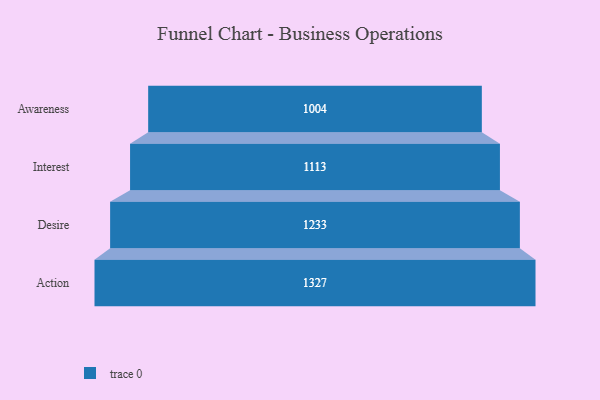
{"axis": {"x": "Stage", "y": "Value"}, "legend": [""], "data": [{"x": "Awareness", "y": 1004.0, "type": ""}, {"x": "Interest", "y": 1113.0, "type": ""}, {"x": "Desire", "y": 1233.0, "type": ""}, {"x": "Action", "y": 1327.0, "type": ""}]}